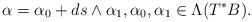
LaTeX: \begin{align*}\alpha=\alpha_0+ds\wedge \alpha_1,\alpha_0, \alpha_1\in \Lambda (T^*B).\end{align*}